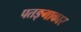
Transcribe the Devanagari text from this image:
पतङ्गाकार